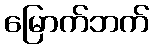
မြောက်ဘက်